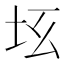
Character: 𡉬